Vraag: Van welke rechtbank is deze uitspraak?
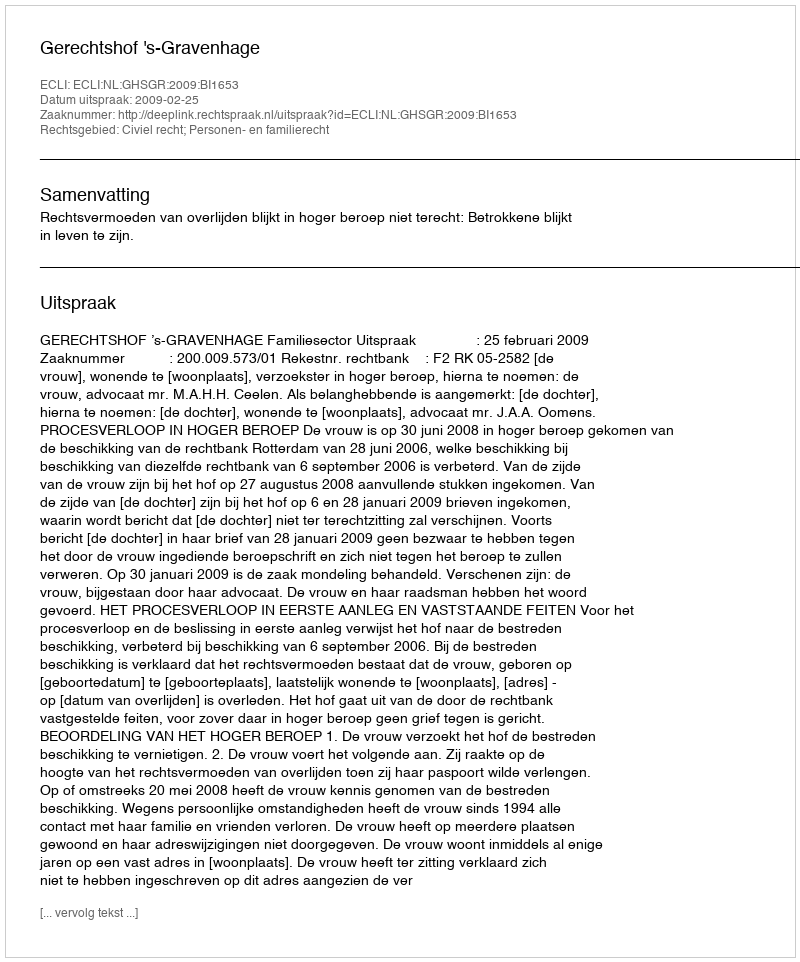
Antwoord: Gerechtshof 's-Gravenhage